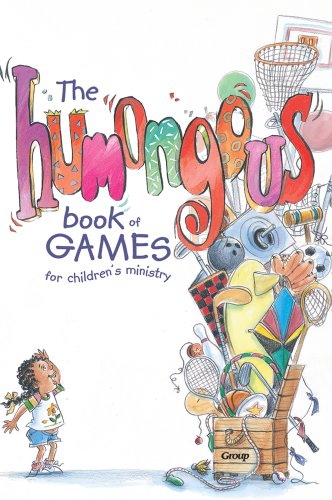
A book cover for The Humongous Book of Games for Children's Ministry; Group Publishing; Christian Books & Bibles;